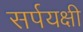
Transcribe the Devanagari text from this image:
सर्पयक्षी